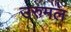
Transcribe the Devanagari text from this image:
उरुमल